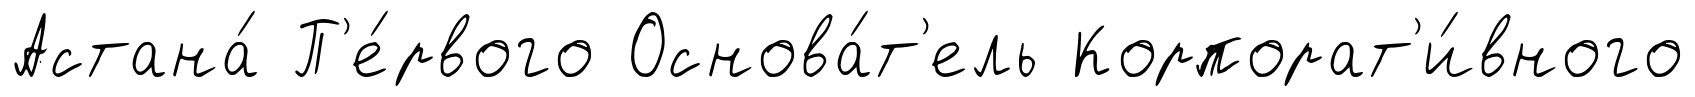
Астана́ П'е́рвого Основа́т'ель Корпорат'и́вного